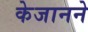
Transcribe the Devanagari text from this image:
केजानने